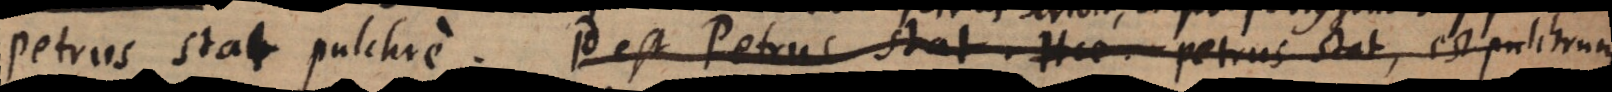
Petrus scribit pulchre. Id est Petrus stat. Hoc, Petrus stat, est pulchrum